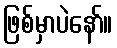
ဖြစ်မှာပဲနော်။